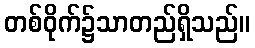
တစ်ဝိုက်၌သာတည်ရှိသည်။